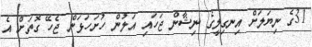
31ގެ ނިޔަލަށް އިނގިލީގެ ނިޝާން ޖަހައި އަލުން ހުށަހަޅަން ޖެހޭ ގޮތަށް އެ